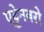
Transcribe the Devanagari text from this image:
एट्टेनबरो